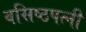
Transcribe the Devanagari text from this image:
वसिष्ठपत्नी